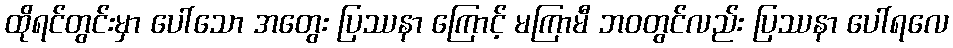
ထိုရင်တွင်းမှာ ပေါ်သော အတွေး ပြဿနာ ကြောင့် မကြာမီ ဘဝတွင်လည်း ပြဿနာ ပေါ်ရလေ